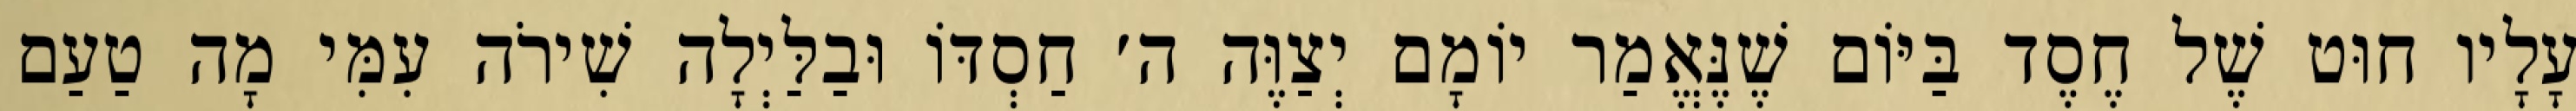
עָלָיו חוּט שֶׁל חֶסֶד בַּיּוֹם שֶׁנֶּאֱמַר יוֹמָם יְצַוֶּה ה׳ חַסְדּוֹ וּבַלַּיְלָה שִׁירֹה עִמִּי מָה טַעַם